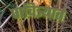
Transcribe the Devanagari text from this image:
पावित्र्यात